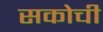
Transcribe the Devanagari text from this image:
सकोची